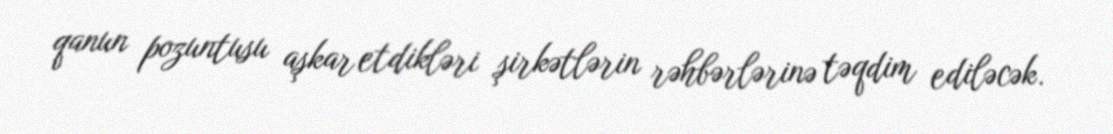
qanun pozuntusu aşkar etdikləri şirkətlərin rəhbərlərinə təqdim ediləcək.